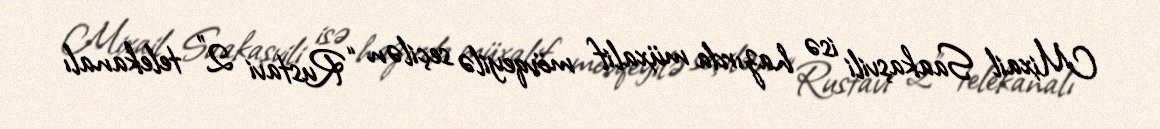
Mixail Saakaşvili isə hazırda müxalif mövqeyilə seçilən “Rustavi 2” telekanalı